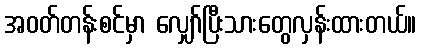
အဝတ်တန်းစင်မှာ လျှော်ပြီးသားတွေလှန်းထားတယ်။